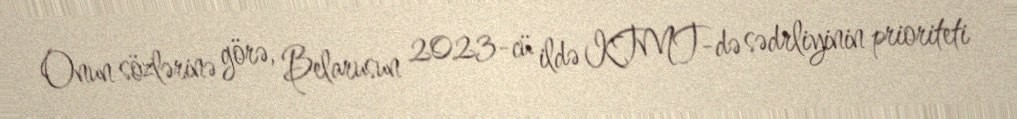
Onun sözlərinə görə, Belarusun 2023-cü ildə KTMT-də sədrliyinin prioriteti